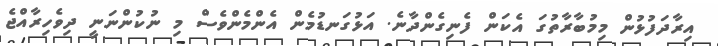
އިރާދަފުޅުން މިމުބާރާތުގަ އެކަން ފެނިގެންދާނެ. އަޅުގަނޑުމެން އެންމެންވެސް މި ނުކުންނަނީ ދިވެހިރާއްޖެ